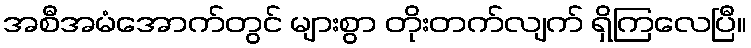
အစီအမံအောက်တွင် များစွာ တိုးတက်လျက် ရှိကြလေပြီ။